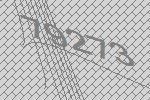
79273